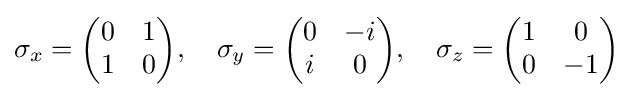
\sigma _{x}={\begin{pmatrix}0&1\\1&0\end{pmatrix}},\quad \sigma _{y}={\begin{pmatrix}0&-i\\i&0\end{pmatrix}},\quad \sigma _{z}={\begin{pmatrix}1&0\\0&-1\end{pmatrix}}